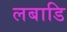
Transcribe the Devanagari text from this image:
लबाडि